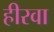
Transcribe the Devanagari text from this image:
हीरवा